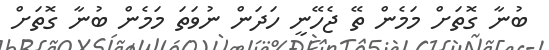
ބުނާ ގޮތަށް މަމެން ތޭ ޖެހޭނީ ހަދަން ނުވަތަ މަމެން ބުނާ ގޮތަށް